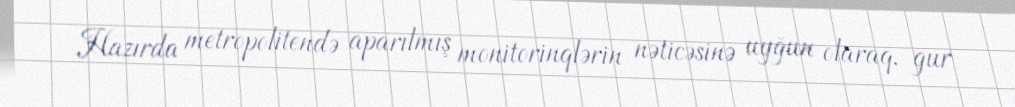
Hazırda metropolitendə aparılmış monitorinqlərin nəticəsinə uyğun olaraq, gur